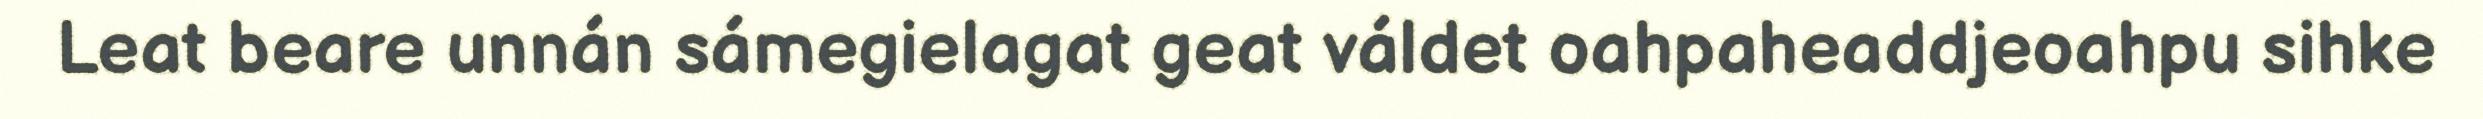
Leat beare unnán sámegielagat geat váldet oahpaheaddjeoahpu sihke